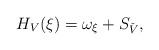
LaTeX: \begin{align*}H_V(\xi)=\omega_{\xi} + S_{\check V},\end{align*}